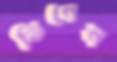
ডিগেন